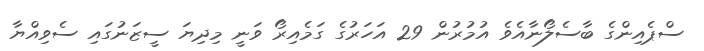
ސްޕެއިންގެ ބާސެލޯނާއެވެ އުމުރުން 29 އަހަރުގެ ގަމެއިރޯ ވަނީ މިދިޔަ ސީޒަނުގައި ސެވިއްޔާ